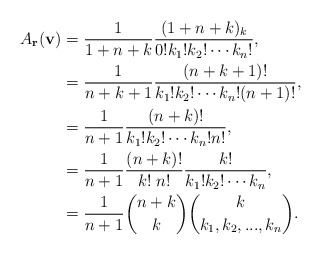
\begin{align*}A_{\bf r}({\bf v})&=\frac{1}{1+n+k}\frac{(1+n+k)_{k}}{0!k_1!k_2!\cdots k_n!},\\&=\frac{1}{n+k+1}\frac{(n+k+1)!}{k_1!k_2!\cdots k_n!(n+1)!},\\&=\frac{1}{n+1}\frac{(n+k)!}{k_1!k_2!\cdots k_n!n!},\\&=\frac{1}{n+1}\frac{(n+k)!}{k!\;n!}\frac{k!}{k_1!k_2!\cdots k_n},\\&=\frac{1}{n+1}\binom{n+k}{k}\binom{k}{k_1,k_2,...,k_n}.\end{align*}